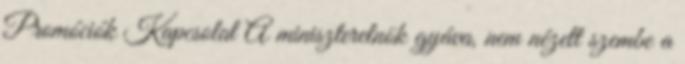
Promóciók Kapcsolat A miniszterelnök gyáva, nem nézett szembe a